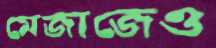
মেজাজেও